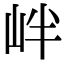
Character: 𡶡